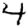
Digit: 4